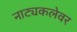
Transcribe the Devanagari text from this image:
नाट्यकलेवर